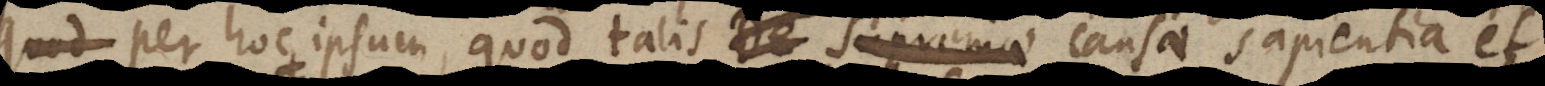
hoc ipsum, quod talis De supremae causae sapientia et